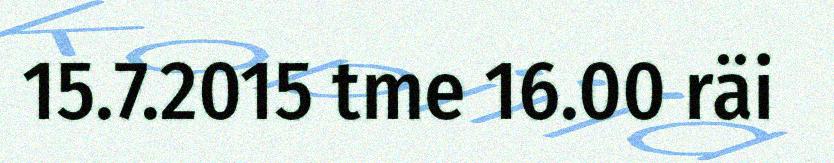
15.7.2015 tme 16.00 räi